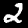
Label: 2